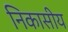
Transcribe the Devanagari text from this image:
निकासीय